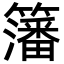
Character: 籓